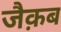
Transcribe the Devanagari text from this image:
जैक़ब